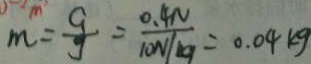
m = \frac { G } { g } = \frac { 0 . 4 N } { 1 0 N / k g } = 0 . 0 4 k g